Civil Veterinary Dept. Assam report 1927-50 - 1927-1950
Year: 1927
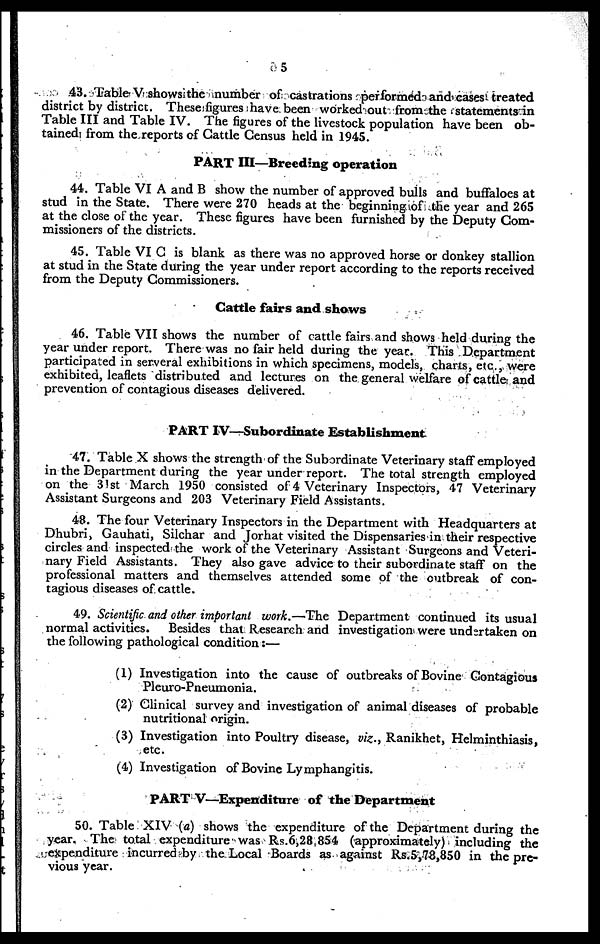
5
43. Table V shows the number of castrations performed and cases treated
district by district. These figures have been worked out from the statements in
Table III and Table IV. The figures of the livestock population have been ob-
tained from the reports of Cattle Census held in 1945.
PART III—Breeding operation
44. Table VI A and B show the number of approved bulls and buffaloes at
stud in the State. There were 270 heads at the beginning of the year and 265
at the close of the year. These figures have been furnished by the Deputy Com-
missioners of the districts.
45. Table VI C is blank as there was no approved horse or donkey stallion
at stud in the State during the year under report according to the reports received
from the Deputy Commissioners.
Cattle fairs and shows
46. Table VII shows the number of cattle fairs and shows held during the
year under report. There was no fair held during the year. This Department
participated in serveral exhibitions in which specimens, models, charts, etc., were
exhibited, leaflets distributed and lectures on the general welfare of cattle and
prevention of contagious diseases delivered.
PART IV—Subordinate Establishment
47. Table X shows the strength of the Subordinate Veterinary staff employed
in the Department during the year under report. The total strength employed
on the 31st March 1950 consisted of 4 Veterinary Inspectors, 47 Veterinary
Assistant Surgeons and 203 Veterinary Field Assistants.
48. The four Veterinary Inspectors in the Department with Headquarters at
Dhubri, Gauhati, Silchar and Jorhat visited the Dispensaries in their respective
circles and inspected the work of the Veterinary Assistant Surgeons and Veteri-
nary Field Assistants. They also gave advice to their subordinate staff on the
professional matters and themselves attended some of the outbreak of con-
tagious diseases of cattle.
49. Scientific and other important work.—The Department continued its usual
normal activities. Besides that Research and investigation were undertaken on
the following pathological condition:—
(1) Investigation into the cause of outbreaks of Bovine Contagious
Pleuro-Pneumonia.
(2) Clinical survey and investigation of animal diseases of probable
nutritional origin.
(3) Investigation into Poultry disease, viz., Ranikhet, Helminthiasis,
etc.
(4) Investigation of Bovine Lymphangitis.
PART V—Expenditure of the Department
50. Table XIV (a) shows the expenditure of the Department during the
year. The total expenditure was Rs.6,28,854 (approximately) including the
expenditure incurred by the Local Boards as against Rs.5,78,850 in the